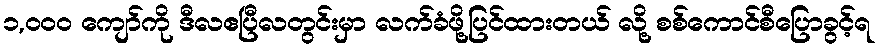
၁,၀၀၀ ကျော်ကို ဒီလဧပြီလတွင်းမှာ လက်ခံဖို့ပြင်ထားတယ် လို့ စစ်ကောင်စီပြောခွင့်ရ